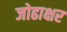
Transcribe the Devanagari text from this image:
जोढाक्षर